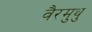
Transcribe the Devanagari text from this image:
वैरमुथु